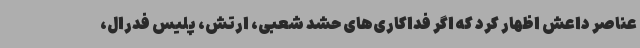
عناصر داعش اظهار کرد که اگر فداکاری‌های حشد شعبی، ارتش، پلیس فدرال،